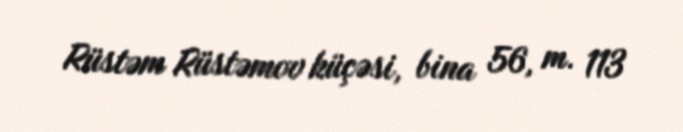
Rüstəm Rüstəmov küçəsi, bina 56, m. 113